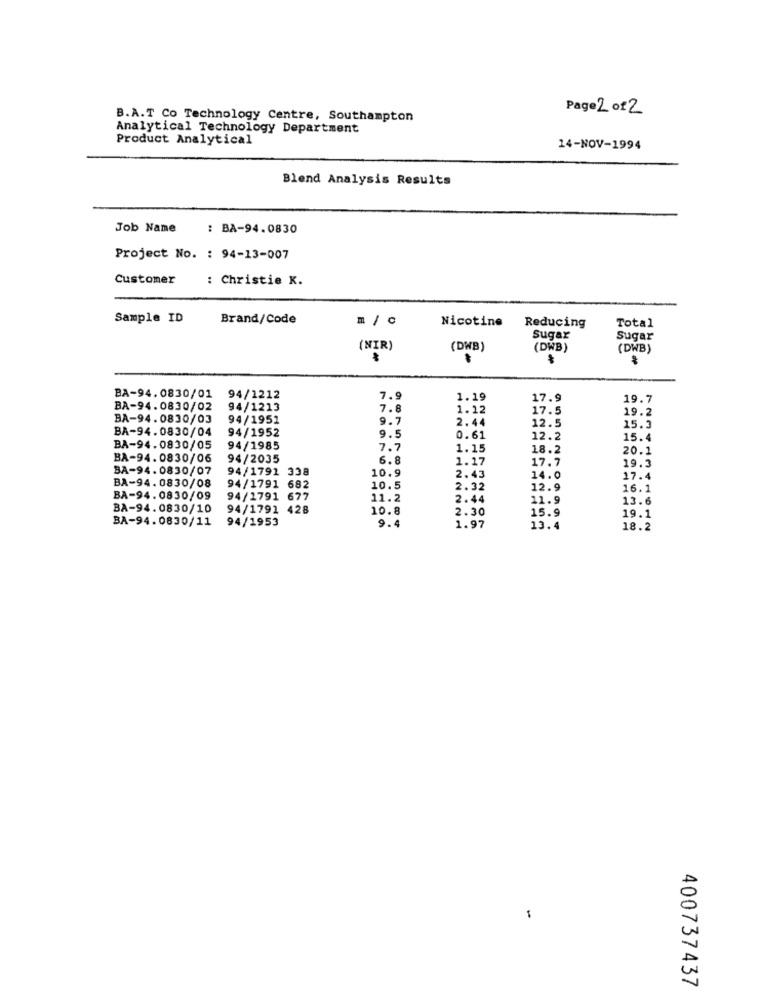
Page 2 of 2
B.A.T Co Technology Centre, Southampton
Analytical Technology Department
Product Analytical
14-NOV-1994
Blend Analysis Results
Job Name
: BA-94.0830
Project No. : 94-13-007
Customer : Christie K.
Sample ID
Brand/Code
m /c
Nicotine
Reducing
Total
Sugar
Sugar
(NIR)
(DWB)
(DWB)
(DWB)
BA-94.0830/01 94/1212
7.9
1.19
17.9
19.7
BA-94.0830/02
94/1213
7.8
1.12
17.5
19.2
BA-94.0830/03
94/1951
9.7
2.44
BA-94.0830/04
94/1952
12.5
15.3
9.5
0.61
12.2
15.4
BA-94.0830/05
94/1985
7.7
1.15
18.2
20.1
BA-94.0830/06
94/2035
6.8
1.17
17.7
BA-94.0830/07
94/1791 338
10.9
19.3
BA-94.0830/08
2.43
14.0
17.4
94/1791 682
10.5
2.32
12.9
16.1
BA-94.0830/09
94/1791 677
11.2
2.44
11.9
13.6
BA-94.0830/10
94/1791 428
10.8
2.30
15.9
19.1
BA-94.0830/11
94/1953
9.4
1.97
13.4
18.2
400737437